Bombay plague: being a history of the progress of plague in the Bombay presidency from September 1896 to June 1899
Year: 1896
Disease focus: Plague
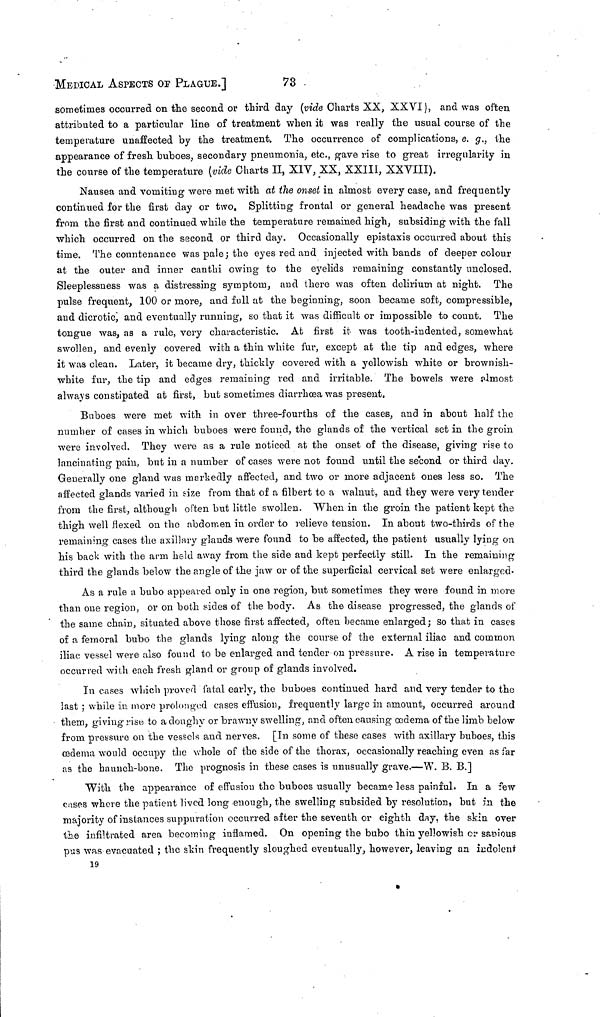
MEDICAL ASPECTS Of PLAGUE.]
73
sometimes occurred on the second or third day (vide Charts XX, XXVI), and was often
attributed to a particular line of treatment when it was really the usual course of the
temperature unaffected by the treatment. The occurrence of complications, e. g., the
appearance of fresh buboes, secondary pneumonia, etc., gave rise to great irregularity in
the course of the temperature (vide Charts II, XIV, XX, XXIII, XXVIII).
Nausea and vomiting were met with at the onset in almost every case, and frequently
continued for the first day or two. Splitting frontal or general headache was present
from the first and continued while the temperature remained high, subsiding with the fall
which occurred on the second or third day. Occasionally epistaxis occurred about this
time. The countenance was pale; the eyes red and injected with bands of deeper colour
at the outer and inner canthi owing to the eyelids remaining constantly unclosed.
Sleeplessness was a distressing symptom, and there was often delirium at night. The
pulse frequent, 100 or more, and full at the beginning, soon became soft, compressible,
and dicrotic, and eventually running, so that it was difficult or impossible to count. The
tongue was, as a rule, very characteristic. At first it was tooth-indented, somewhat
swollen, and evenly covered with a thin white fur, except at the tip and edges, where
it was clean. Later, it became dry, thickly covered with a yellowish white or brownish-
white fur, the tip and edges remaining red and irritable. The bowels were Almost
always constipated at first, but sometimes diarrhoea was present.
Buboes were met with in over three-fourths of the cases, and in about half the
number of cases in which buboes were found, the glands of the vertical set in the groin
were involved. They were as a rule noticed at the onset of the disease, giving rise to
lancinating pain, but in a number of cases were not found until the second or third day.
Generally one gland was markedly affected, and two or more adjacent ones less so. The
affected glands varied in size from that of a filbert to a walnut, and they were very tender
from the first, although often but little swollen. When in the groin the patient kept the
thigh well flexed on the abdomen in order to relieve tension. In about two-thirds of the
remaining cases the axillary glands were found to be affected, the patient usually lying on
his back with the arm held away from the side and kept perfectly still. In the remaining
third the glands below the angle of the jaw or of the superficial cervical set were enlarged.
As a rule a bubo appeared only in one region, but sometimes they were found in more
than one region, or on both sides of the body. As the disease progressed, the glands of
the same chain, situated above those first affected, often became enlarged; So that in cases
of a femoral bubo the glands lying along the course of the external iliac and common
iliac vessel were also found to be enlarged and tender on pressure. A rise in temperature
occurred with each fresh gland or group of glands involved.
In cases which proved fatal early, the buboes continued hard and very tender to the
last ; while in inoro prolonged cases effusion, frequently large in amount, occurred around
them, giving rise, to a doughy or brawny swelling, and often causing ædema of the limb below
from pressure on the vessels and nerves. [In some of these cases with axillary buboes, this
ædema would occupy the whole of the side of the thorax, occasionally reaching even as far
as the haunch-bone. The prognosis in these cases is unusually grave.—W. B. B.]
With the appearance of effusion the buboes usually became less painful. In a few
cases where the patient lived long enough, the swelling subsided by resolution, but in the
majority of instances suppuration occurred after the seventh or eighth day, the skin over
the infiltrated area becoming inflamed. On opening the bubo thin yellowish or savious
pus was evacuated ; the skin frequently sloughed eventually, however, leaving an indolent
19